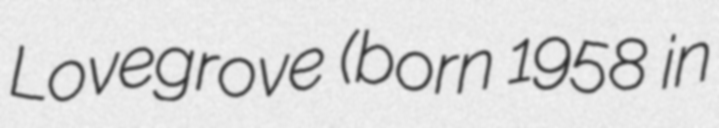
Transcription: Lovegrove (born 1958 in